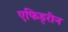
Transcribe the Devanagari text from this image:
एफिड्रीन